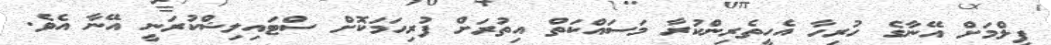
ފިލްމަށް އޭނާގެ ހުރިހާ އެހީތެރިންކުރާ މަސައްކަތް އިތުރަށް ފުރިހަމަކޮށް ސްޓައިލިޝްކުރަނީ އޭނާ އެވެ.